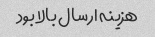
هزینه ارسال بالا بود